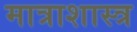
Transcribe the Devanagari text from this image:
मात्राशास्त्र